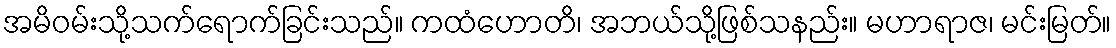
အမိဝမ်းသို့သက်ရောက်ခြင်းသည်။ ကထံဟောတိ၊ အဘယ်သို့ဖြစ်သနည်း။ မဟာရာဇ၊ မင်းမြတ်။